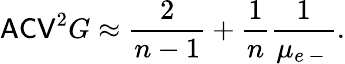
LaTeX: \mathsf{ACV}^{2}G\approx\frac{2}{n-1}+\frac{1}{n}\frac{1}{\mu_{e\mathrm{~-~}}}.